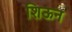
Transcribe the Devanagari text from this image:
शिऊन